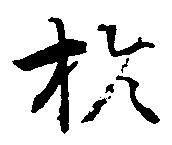
於